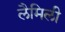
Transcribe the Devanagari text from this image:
लैमिली